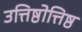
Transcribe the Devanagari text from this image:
उत्तिष्ठोत्तिष्ठ